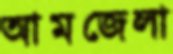
আমজেলা